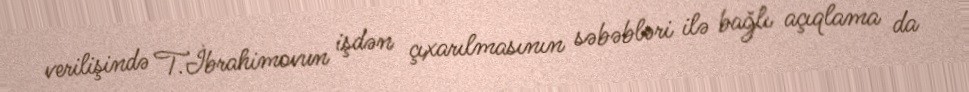
verilişində T.İbrahimovun işdən çıxarılmasının səbəbləri ilə bağlı açıqlama da